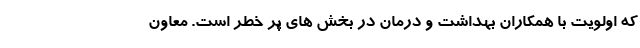
که اولویت با همکاران بهداشت و درمان در بخش های پر خطر است. معاون